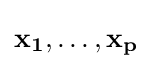
\mathbf {x_{1}} ,\ldots ,\mathbf {x_{p}}